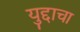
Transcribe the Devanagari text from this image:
युद्दाचा